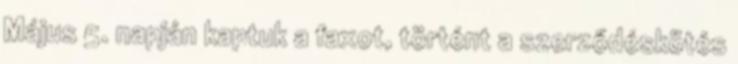
Május 5. napján kaptuk a faxot, történt a szerződéskötés